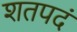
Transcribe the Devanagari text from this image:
शतपदं